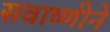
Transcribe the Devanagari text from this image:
सवाष्णीने